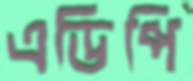
এডিপি